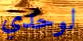
لوحدي